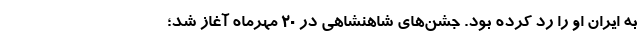
به ایران او را رد کرده بود. جشن‌های شاهنشاهی در ۲۰ مهرماه آغاز شد؛